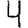
Digit: 4